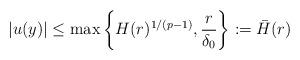
LaTeX: \begin{align*}|u(y)|\leq \max \left\{H(r)^{1/(p-1)},\dfrac{r}{\delta_0} \right\}:=\bar H(r)\end{align*}